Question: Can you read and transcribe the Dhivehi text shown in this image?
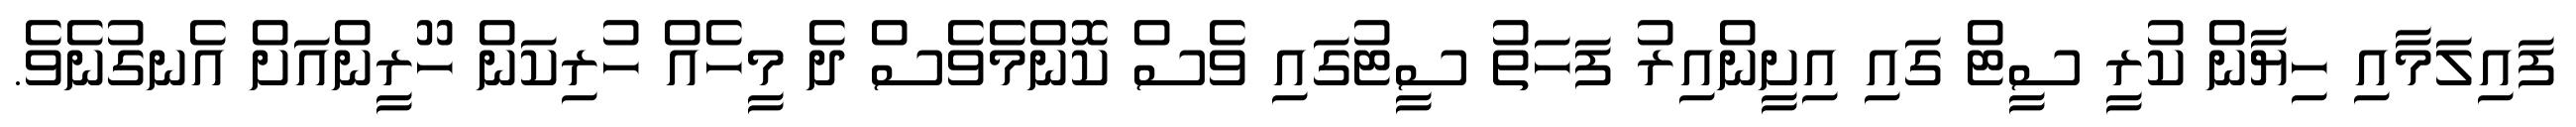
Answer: ފައިލަމާއި ހިޔާން ކުރީ ސީޓް ގައި އިށީންއިރު ފަހަތު ސީޓުގައި ވެސް ކޮންމެވެސް ދެ މީހެއް ހުރިކަން ހޫރީންއަށް އެނގުނެވެ.